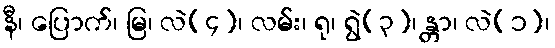
နီ၊ ပြောက်၊ မြ၊ လဲ(၄)၊ လမ်း၊ ရု၊ ရွဲ(၃)၊ န္တာ၊ လဲ(၁)၊